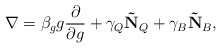
\begin{align*}\nabla = \beta_g g \frac{\partial}{\partial g} +\gamma_Q \mathbf{\tilde{N}}_Q + \gamma_B \mathbf{\tilde{N}}_B,\end{align*}